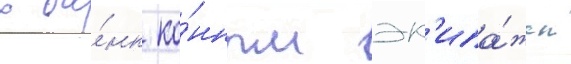
в ба́нк ко́нным эк'ипа́жем